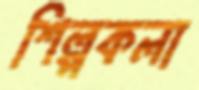
শিল্পকলা